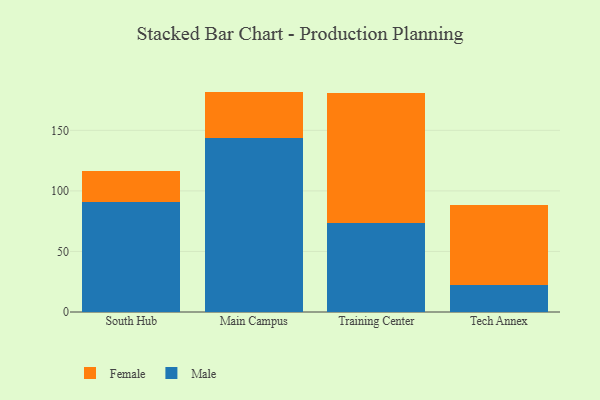
{"axis": {"x": "Campus", "y": "Demand Index"}, "legend": ["Female", "Male"], "data": [{"x": "South Hub", "y": 91.2, "type": "Male"}, {"x": "South Hub", "y": 25.4, "type": "Female"}, {"x": "Main Campus", "y": 143.5, "type": "Male"}, {"x": "Main Campus", "y": 38.5, "type": "Female"}, {"x": "Training Center", "y": 73.1, "type": "Male"}, {"x": "Training Center", "y": 107.8, "type": "Female"}, {"x": "Tech Annex", "y": 22.6, "type": "Male"}, {"x": "Tech Annex", "y": 65.7, "type": "Female"}]}